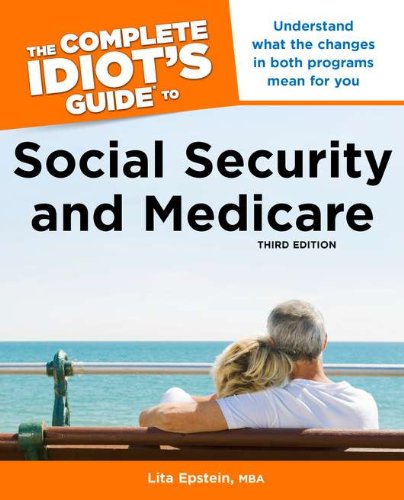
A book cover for The Complete Idiot's Guide to Social Security and Medicare,3rd Edition; Lita Epstein MBA; Medical Books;